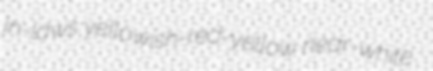
in-laws yellowish-red-yellow near-white